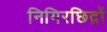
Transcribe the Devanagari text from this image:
निगिरछिद्रों